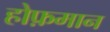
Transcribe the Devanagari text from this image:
होफ़मान